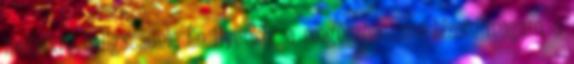
melyikre hallgassunk. Én ilyenkor a megérzéseimre bízom magam, s